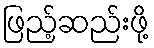
ဖြည့်ဆည်းဖို့